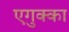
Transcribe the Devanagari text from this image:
एगुक्का